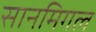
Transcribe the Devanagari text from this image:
सानमिगल